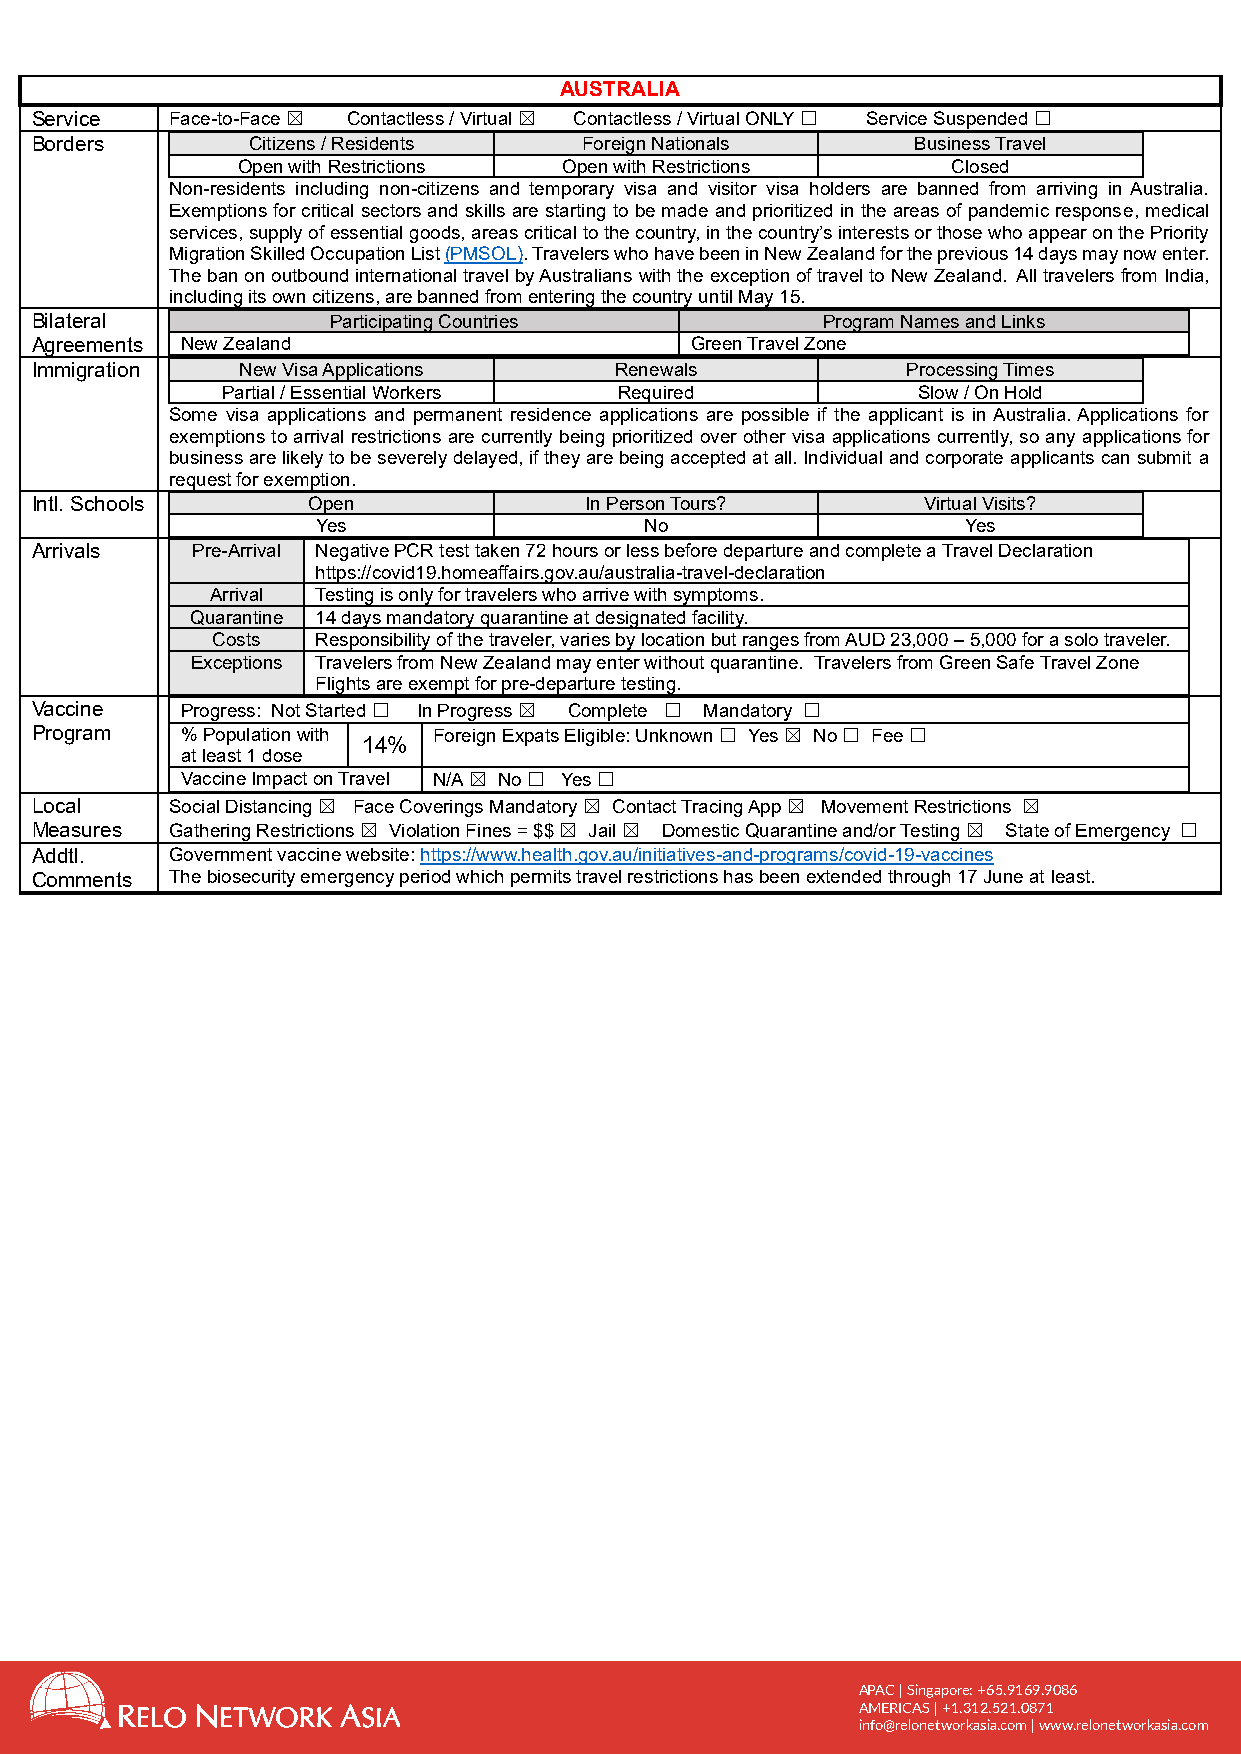
AUSTRALIA
 Service  Face-to-Face ☒ Contactless / Virtual ☒ Contactless / Virtual ONLY ☐ Service Suspended ☐
 Borders       Citizens / Residents   Foreign Nationals    Business Travel
 Open with Restrictions Open with Restrictions  Closed
 Non-residents including non-citizens and temporary visa and visitor visa holders are banned from arriving in Australia.
 Exemptions for critical sectors and skills are starting to be made and prioritized in the areas of pandemic response, medical
 services, supply of essential goods, areas critical to the country, in the country’s interests or those who appear on the Priority
 Migration Skilled Occupation List (PMSOL). Travelers who have been in New Zealand for the previous 14 days may now enter.
 The ban on outbound international travel by Australians with the exception of travel to New Zealand. All travelers from India,
 including its own citizens, are banned from entering the country until May 15.
 Bilateral           Participating Countries         Program Names and Links
 Agreements New Zealand                      Green Travel Zone
 Immigration   New Visa Applications    Renewals           Processing Times
 Partial / Essential Workers Required          Slow / On Hold
 Some visa applications and permanent residence applications are possible if the applicant is in Australia. Applications for
 exemptions to arrival restrictions are currently being prioritized over other visa applications currently, so any applications for
 business are likely to be severely delayed, if they are being accepted at all. Individual and corporate applicants can submit a
 request for exemption.
 Intl. Schools     Open               In Person Tours?      Virtual Visits?
 Yes                   No                   Yes
 Arrivals   Pre-Arrival Negative PCR test taken 72 hours or less before departure and complete a Travel Declaration
 https://covid19.homeaffairs.gov.au/australia-travel-declaration
 Arrival Testing is only for travelers who arrive with symptoms.
 Quarantine 14 days mandatory quarantine at designated facility.
 Costs  Responsibility of the traveler, varies by location but ranges from AUD 23,000 – 5,000 for a solo traveler.
 Exceptions Travelers from New Zealand may enter without quarantine. Travelers from Green Safe Travel Zone
 Flights are exempt for pre-departure testing.
 Vaccine   Progress: Not Started ☐ In Progress ☒ Complete ☐ Mandatory ☐
 Program   % Population with Foreign Expats Eligible: Unknown ☐ Yes ☒ No ☐ Fee ☐
 14%
 at least 1 dose
 Vaccine Impact on Travel N/A ☒ No ☐ Yes ☐
 Local    Social Distancing ☒ Face Coverings Mandatory ☒ Contact Tracing App ☒ Movement Restrictions ☒
 Measures Gathering Restrictions ☒ Violation Fines = $$ ☒ Jail ☒ Domestic Quarantine and/or Testing ☒ State of Emergency ☐
 Addtl.   Government vaccine website: https://www.health.gov.au/initiatives-and-programs/covid-19-vaccines
 Comments The biosecurity emergency period which permits travel restrictions has been extended through 17 June at least.
 APAC | Singapore: +65.9169.9086
 AMERICAS | +1.312.521.0871
 info@relonetworkasia.com | www.relonetworkasia.com